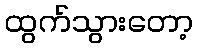
ထွက်သွားတော့